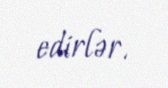
edirlər.